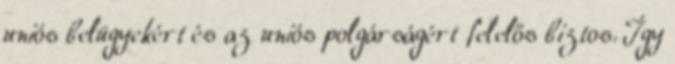
uniós belügyekért és az uniós polgárságért felelős biztos. Így